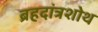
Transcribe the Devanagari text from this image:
ब्रहदांत्रशोथ